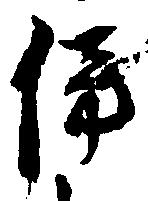
傍